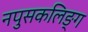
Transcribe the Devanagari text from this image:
नपुसकलिङ्ग